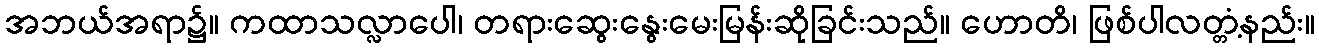
အဘယ်အရာ၌။ ကထာသလ္လာပေါ၊ တရားဆွေးနွေးမေးမြန်းဆိုခြင်းသည်။ ဟောတိ၊ ဖြစ်ပါလတ္တံ့နည်း။